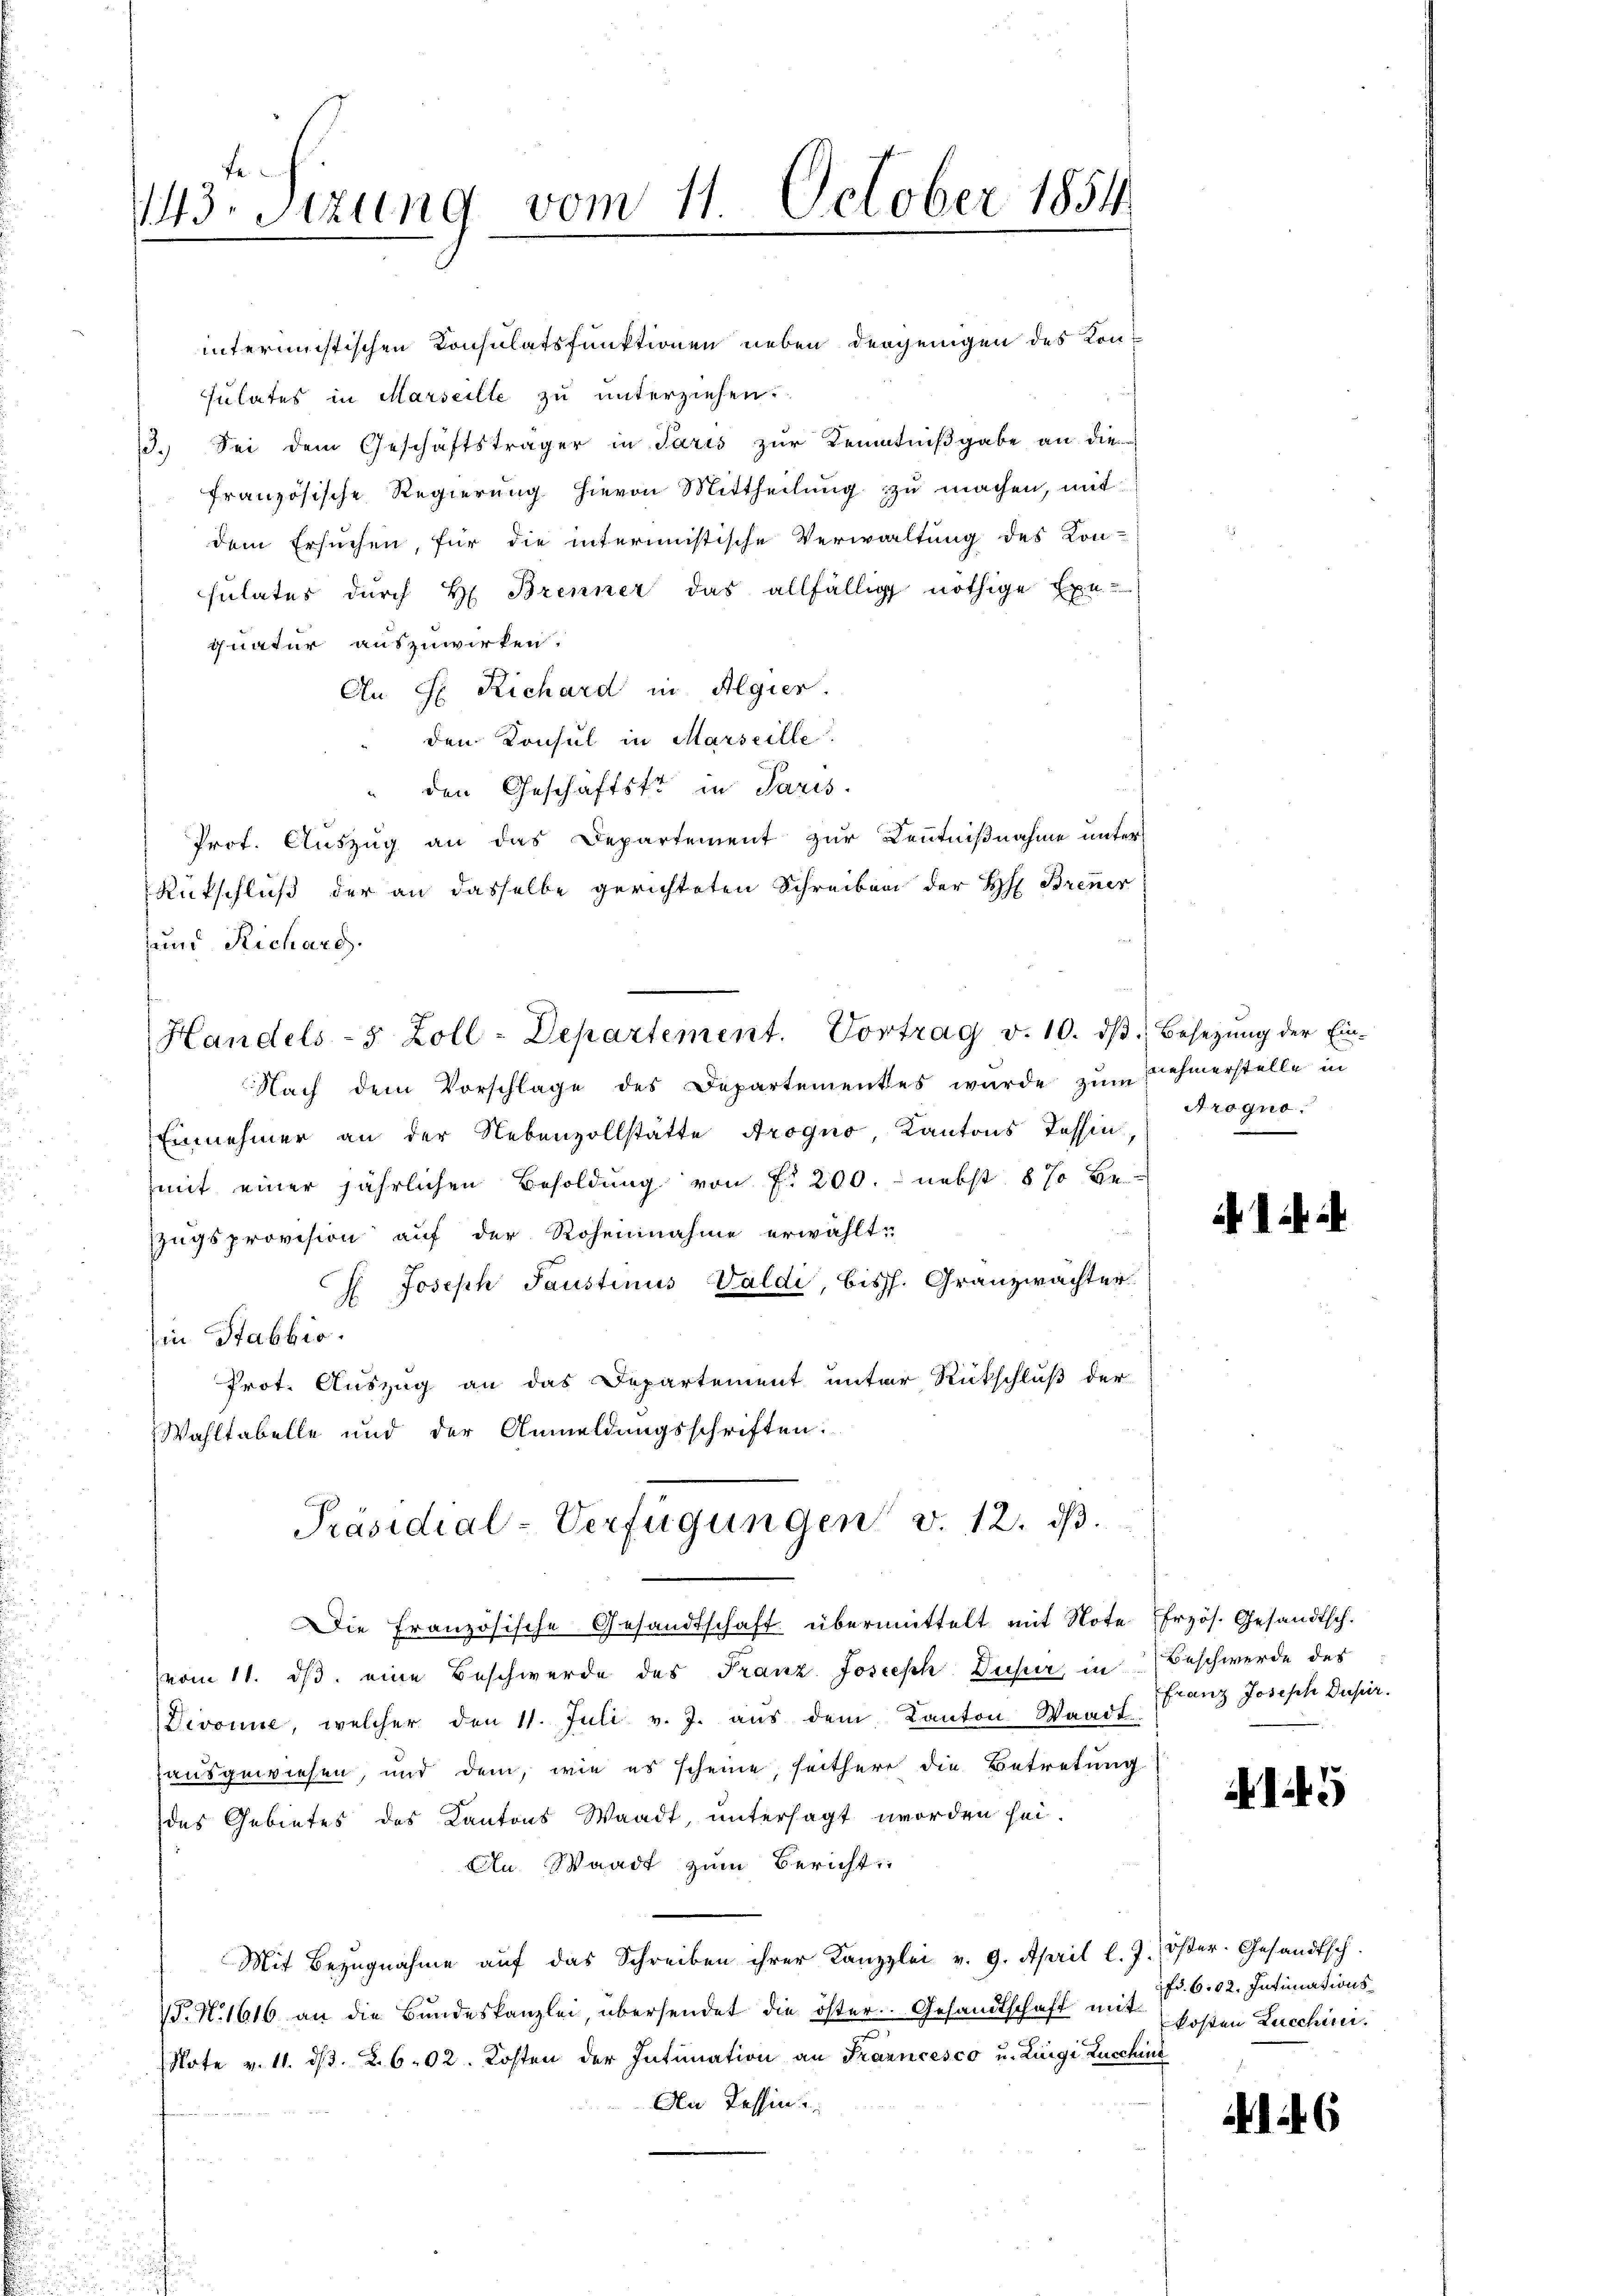
413. Sitzung vom 11. October 1854

Handels-5 Zoll-Departement. Vortrag v. 10. dβ. Besetzŭng der Ein-

interimistischen Konsulatsfunktionen neben derjenigen des Konsulates in Marseilte zu unterziehen.
13. Sei dem Geschäftsträger in Paris zur Kenntnißgabe an die
französische Regierung hievon Mittheilung zu machen, mit
dem Ersuchen, für die interimistische Verwaltung des Kon-
sulates durch H. Brenner das allfällig nöthige Exe-
quatur auszuwirken.
An H. Richard in Algier.
den Konsul in Marseille.
" den Geschäftster in Paris.
Prof. Auszug an das Departement zur Kenntnißnahme unter
Rückschluß der an dasselbe gerichteten Schreiben der H: Brenner
und Richarg
Nach dem Vorschlage des Departementes wurde zŭ nehmerstelle in
Einnehmer an der Nebenzollstätte Arogno Kantons Tessin
mit einer jährlichen Besoldung von f. 200. nebst 8 % be
Zugsprovision auf der Roheinnahme erwählt:
H. Joseph Saustinus Valdi, bish. Granzwachter
Ein Stabbio.
Prot. Auszug an das Departement unter Rückschluß der
Wahltabelle und der Anmeldungsschriften.
Präsidial-Verfügungen v. 12. dβ.
Die Französische Gesandtschaft übermittelt mit Note (Erzös. Gesandtsch.
vom 11. dβ eine Beschwerde des Franz Joseph Duser, in Beschwerde des
Divonne, welcher den 11. Juli v. J. aŭs dem Kanton Waadt
sausgewiesen, und dem, wie es scheine, seitherr die Betretung
des Gebietes des Kantons Waadt, untersagt worden sei.
An Waadt zum Bericht
Mit Bezŭgnahme aŭf das Schreiben ihrer Kanzlei v. 9. April l. J. öster. Gesandtsch.
V. N. 1616 an die Bundeskanzlei, übersendet die öster. Gesandtschaft mit
(Note v. 11. d. 2. 602. Kosten der Intimation an Francesco u. Luigi Zuschine
An Tessin

Arogno.

i i

Franz Joseph Dupir.

149

Fr. 602. Intimationskosten Zucchini.

6